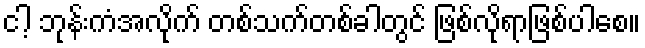
ငါ့ ဘုန်းကံအလိုက် တစ်သက်တစ်ခါတွင် ဖြစ်လိုရာဖြစ်ပါစေ။